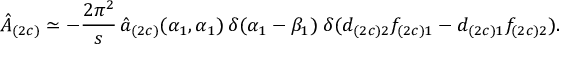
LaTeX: \hat { A } _ { ( 2 c ) } \simeq - \frac { 2 \pi ^ { 2 } } { s } \, \hat { a } _ { ( 2 c ) } ( \alpha _ { 1 } , \alpha _ { 1 } ) \, \delta ( \alpha _ { 1 } - \beta _ { 1 } ) \; \delta ( d _ { ( 2 c ) 2 } f _ { ( 2 c ) 1 } - d _ { ( 2 c ) 1 } f _ { ( 2 c ) 2 } ) .